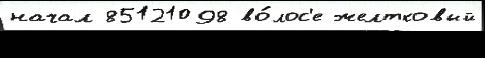
начал 85121098 во́лос'е желтковый